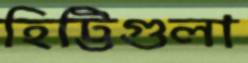
হিট্টিগুলা